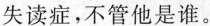
失读症,不管他是谁。